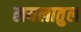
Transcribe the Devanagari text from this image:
लयलातुल